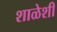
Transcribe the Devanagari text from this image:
शाळेशी